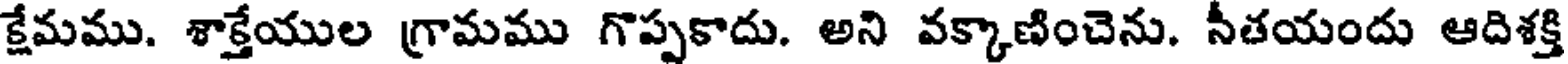
క్షేమము. శాక్తేయుల గ్రామము గొప్పకాదు. అని వక్కాణించెను. సీతయందు ఆదిశక్తి